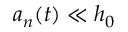
a _ { n } ( t ) \ll h _ { 0 }